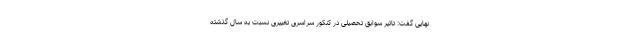
نهایی گفت: تاثیر سوابق تحصیلی در کنکور سراسری تغییری نسبت به سال گذشته